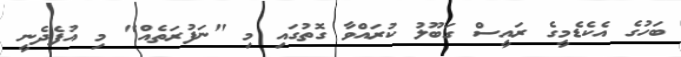
ބަހުގެ އެކެޑެމީގެ ރައީސް ގަބޫލު ކުރައްވާ ގޮތުގައި މި "ނަފުރަތެއް" މި އުފެދެނީ